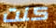
كنت